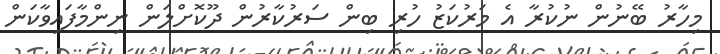
މިހާރު ބޭނުން ނުކުރާ އެ މަރުކަޒު ހުރި ބިން ސަރުކާރުން ދޫކޮށްލަން ނިންމާފައިވާކަން